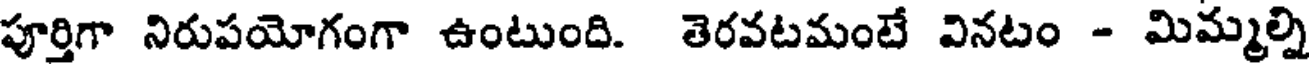
పూర్తిగా నిరుపయోగంగా ఉంటుంది. తెరవటమంటే వినటం - మిమ్మల్ని